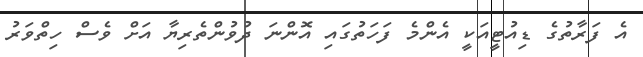
އެ ފަރާތުގެ ޑިއުޓީއަކީ އެންމެ ފަހަތުގައި އޮންނަ ދުވުންތެރިޔާ އަށް ވެސް ހިތްވަރު